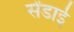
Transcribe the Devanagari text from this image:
सेंडाई